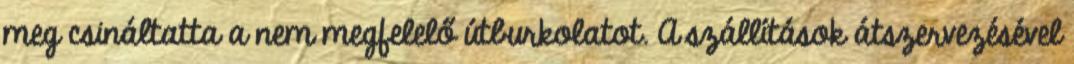
meg csináltatta a nem megfelelő útburkolatot. A szállítások átszervezésével